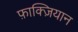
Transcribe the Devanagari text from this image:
फ़ाक्ज़ियान